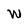
Character: w